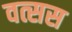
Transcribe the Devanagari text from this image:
वत्सस